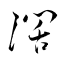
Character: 濶